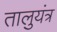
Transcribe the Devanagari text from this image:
तालुयंत्र